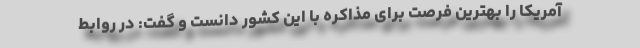
آمریکا را بهترین فرصت برای مذاکره با این کشور دانست و گفت: در روابط